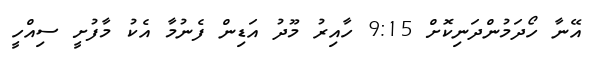
އޭނާ ހޯދަމުންދަނިކޮށް 9:15 ހާއިރު މޫދު އަޑިން ފެނުމާ އެކު މާފުށީ ސިއްހީ